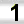
Digit: 1